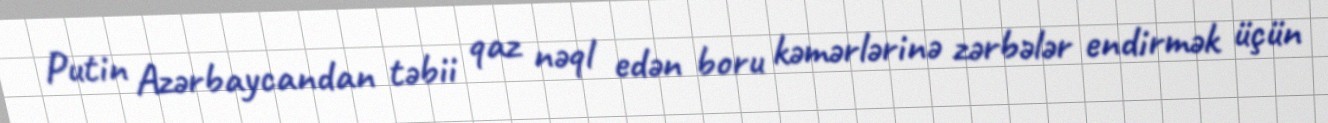
Putin Azərbaycandan təbii qaz nəql edən boru kəmərlərinə zərbələr endirmək üçün